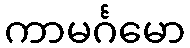
ကာမင်္ဂမော